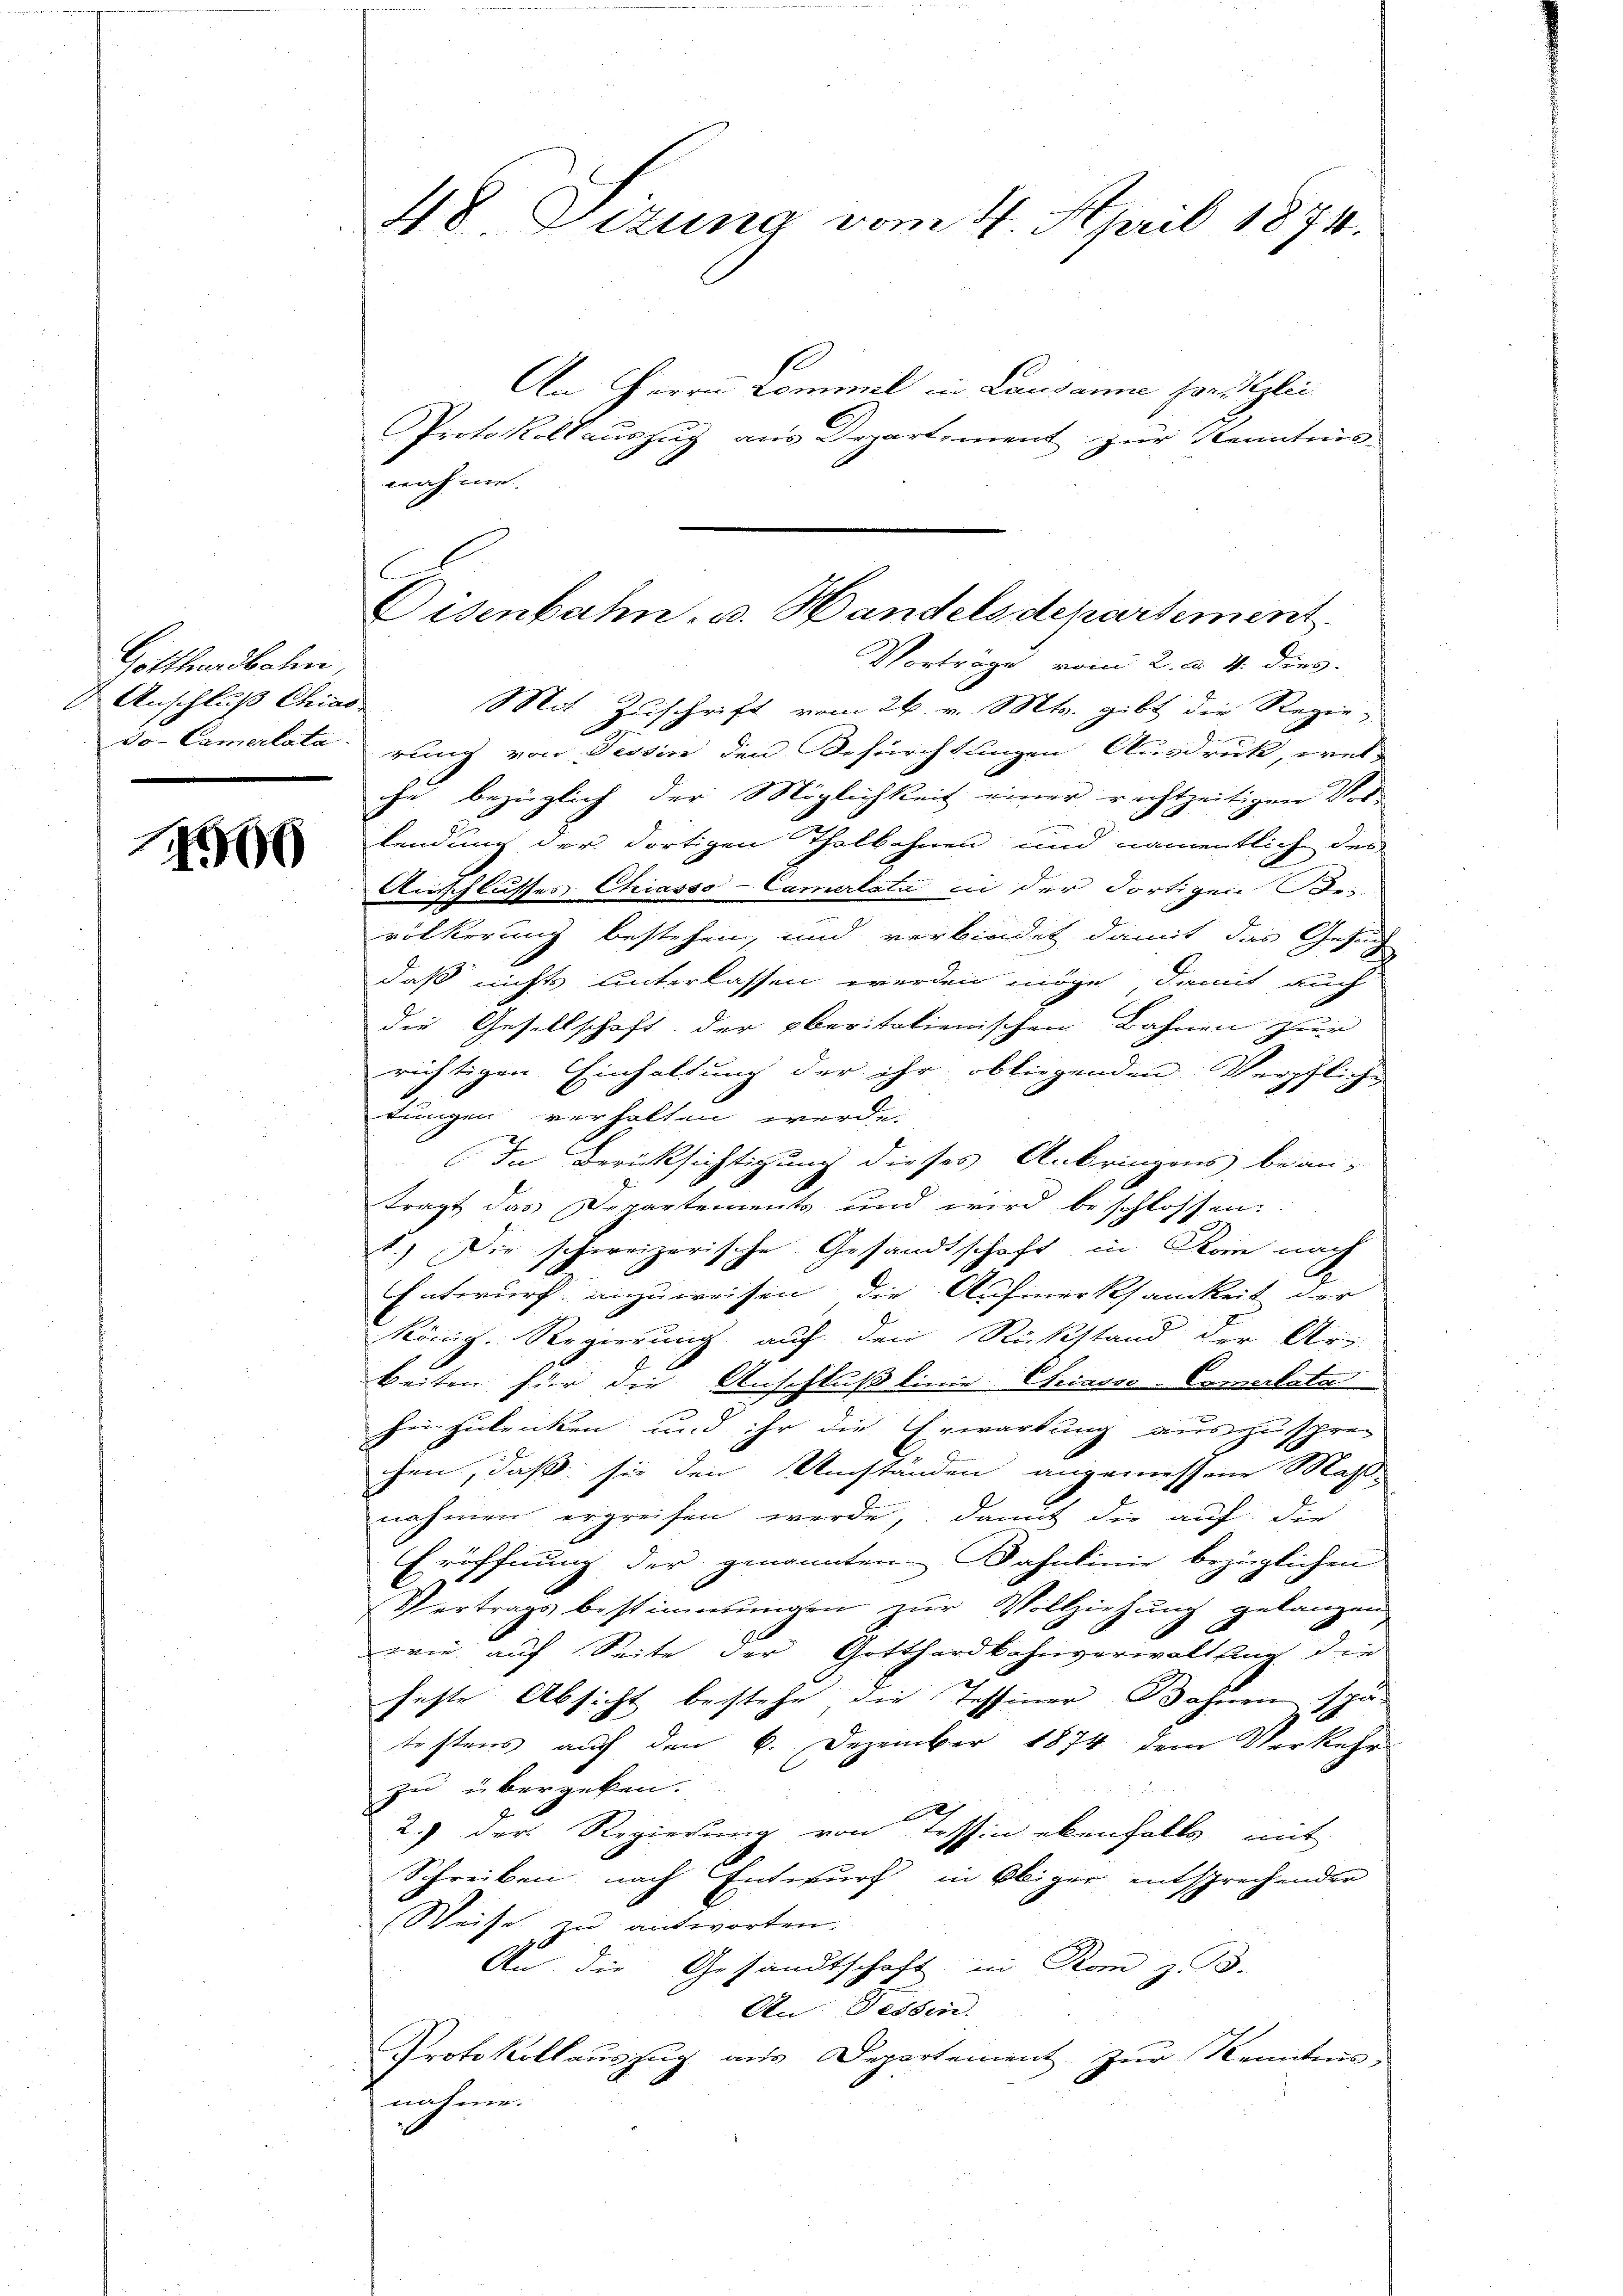
Gotthardbahn,
Anschluß Chias

15

48 Sizung vom 4. April 1874.

An Herrn Commil in Lausanne sonst glei
Protokollauszug aus Departement zur Kenntnis
nahme.
Vorträge vom 2. d. 4. dies
Mit Zuschrift vom 26. v. Mts. gibt die Regiedo- Camertata rung von Tessin den Befürchtungen Ausdruck, wel-
che bezüglich der Möglichkeit einer rechtzeitigen Vor-
lendung der dortigen Thalbahnen und namentlich des
Ausschlusses Chiasso-Camerlata in der Fortigen Be-
völkerung bestehen, und verbindet damit das Gesuch
daß nichts unterlassen werden möge, damit auch
die Gesellschaft der oberitalienischen Bahnen zur
richtigen Einhaltung der ihr obliegenden Verpfliche
tungen verhalten werde.
In Berücksichtigung dieses Anbringens bean-
tragt das Departements und wird beschlossen:
1.) Die schweizerische Gesandtschaft in Rom nach
Entwurf anzuweisen, die Aufmerksamkeit der
König. Regierung auf den Rückstand der Ur-
beiten für die Anschluß linie Chriasso-Commilata
heizubriken und ihr die Erwartung auszusprec
chen, daß sie den Umständen angemessene Mass-
nahmen ergreifen werde, damit die auf die
Eröffnung der genannten Bahnlinie bezüglichen
Vertrags bestimmungen zur Vollziehung gelangen
wie auf Seite der Gotthardbahnverwaltung die
heste Absicht bestehe die Tessiner Bahnen spät
tostens auf den 6. Dezember 1874 dem Verkehr
zu übergeben.
2.) Der Regierung von Tessin ebenfalls mit
Schreiben nach Entwurf in Obiger entsprechender
Weise zu antworten.
An die Gesandtschaft in Rom z. B.
An Fessen.
Protokollauszug aus Departement zur Kenntnisnahme.

Disenbahn, u. Handelsdepartement.